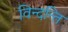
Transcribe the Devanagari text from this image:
विन्दन्ति